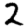
Digit: 2